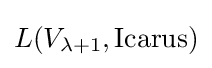
L(V_{\lambda +1},\mathrm {Icarus} )